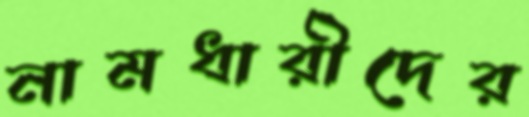
নামধারীদের